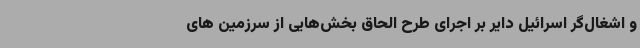
و اشغال‌گر اسرائیل دایر بر اجرای طرح الحاق بخش‌هایی از سرزمین های